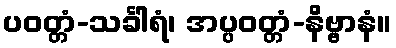
ပဝတ္တံ-သင်္ခါရံ၊ အပ္ပဝတ္တံ-နိဗ္ဗာနံ။